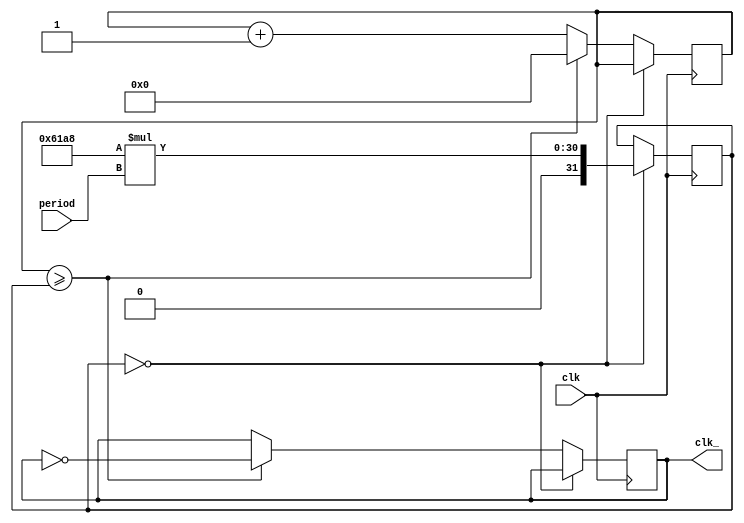
module clock_(clk, clk_, period);
	input clk;
	input[15:0] period;
	output reg clk_;
	reg[31:0] counter, p;
	
	initial begin 
		counter = 0;
		clk_ = 0;
		p = 0;
	end
	
	always@(posedge clk) begin
		if(!p) p <= 25000 * period;
		else if(counter >= p) begin
			counter <= 0;
			clk_ <= ~clk_;
		end
		else
			counter <= counter + 1;
	end
endmodule